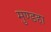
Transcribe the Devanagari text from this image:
मुण्डहा